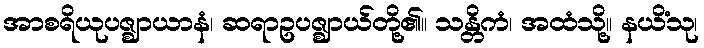
အာစရိယုပဇ္ဈာယာနံ၊ ဆရာဥပဇ္ဈာယ်တို့၏။ သန္တိကံ၊ အထံသို့။ နယိံသု၊